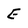
Character: E